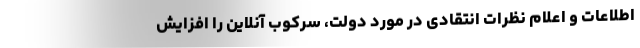
اطلاعات و اعلام نظرات انتقادی در مورد دولت، سرکوب آنلاین را افزایش